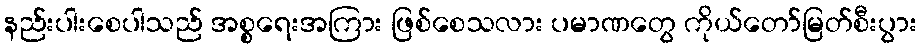
နည်းပါးစေပါသည် အစ္စရေးအကြား ဖြစ်စေသလား ပမာဏတွေ ကိုယ်တော်မြတ်စီးပွား